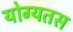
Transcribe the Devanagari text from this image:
योग्यतस